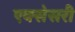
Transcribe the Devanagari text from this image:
एक्सेसरी